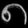
Digit: ၈